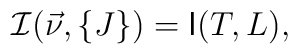
{\cal I}(\vec{\nu},\{J\})=\mbox{\sf I}(T,L),